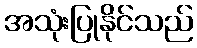
အသုံးပြုနိုင်သည်